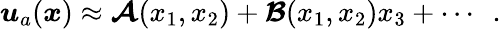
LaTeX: \boldsymbol{u}_{a}(\boldsymbol{x})\approx\boldsymbol{\mathcal{A}}(x_{1},x_{2})+\boldsymbol{\mathcal{B}}(x_{1},x_{2})x_{3}+\cdots\ \ .